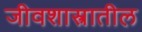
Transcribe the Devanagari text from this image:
जीवशास्त्रातील